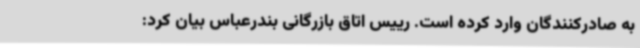
به صادرکنندگان وارد کرده است. رییس اتاق بازرگانی بندرعباس بیان کرد: